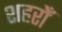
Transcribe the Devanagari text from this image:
शहरोँ